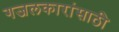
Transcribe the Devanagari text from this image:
गजलकारांसाठी